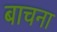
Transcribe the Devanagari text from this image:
बाचना